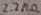
Text: 2.2KΩ